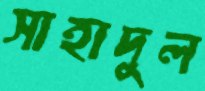
সাহাদুল